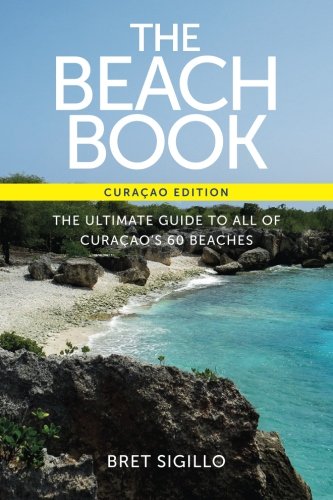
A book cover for The Beach Book, Curacao edition; Bret Sigillo; Travel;